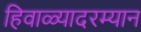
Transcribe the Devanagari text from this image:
हिवाळ्यादरम्यान